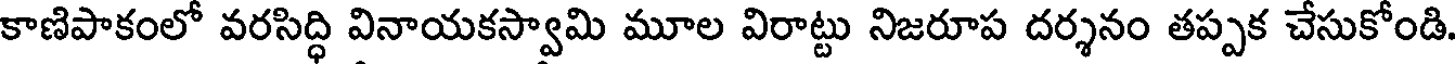
కాణిపాకంలో వరసిద్ధి వినాయకస్వామి మూల విరాట్టు నిజరూప దర్శనం తప్పక చేసుకోండి